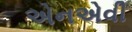
એનએવી